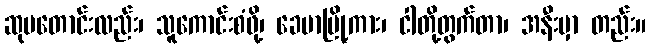
ဆုမတောင်းလည်း၊ သူကောင်းစံဖို့၊ ခေမာမြို့ကား၊ ငါတို့တွက်တာ၊ အနီးမှာ တည်း။